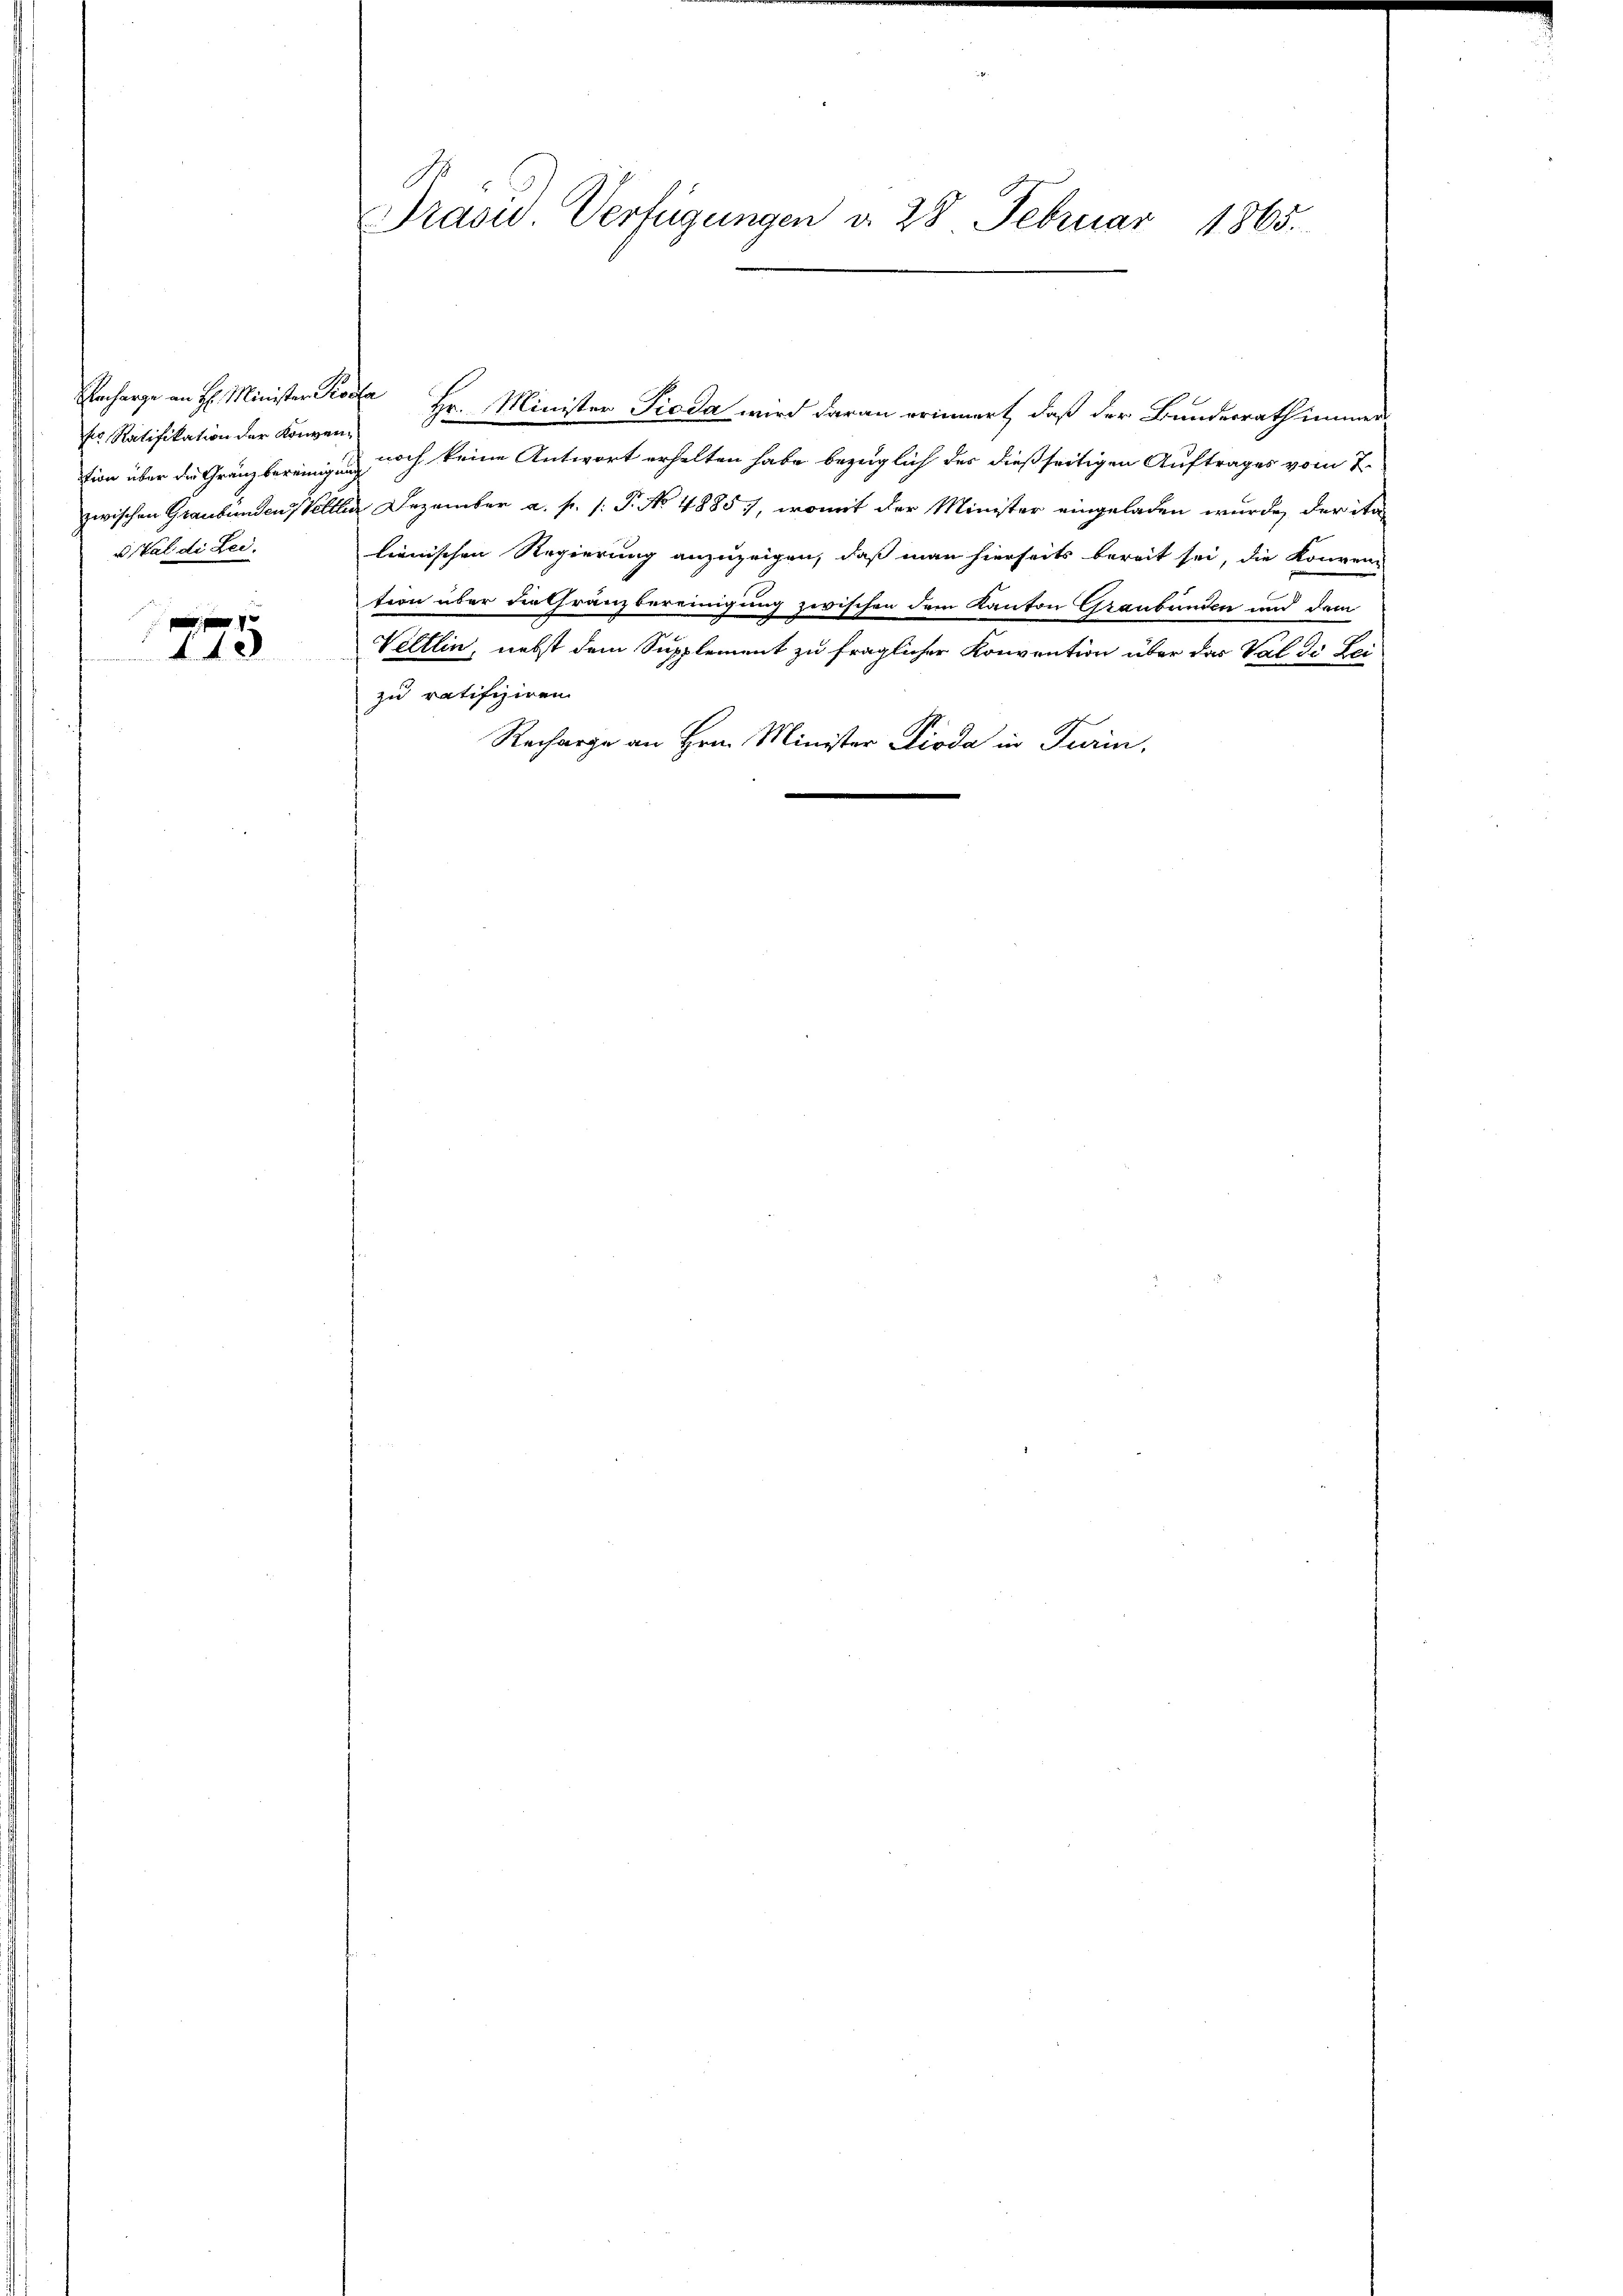
sr Ratifikation der Konvention über die Gränz bereinigung
u. Val di Lei¬

775

Präsid. Verfügungen d. 28. Februar 1865.

Nacharge an H: Minister Procka Hr. Minister Pioda wird daran erinnert, daß der Bundesrath immernoch keine Antwort erhalten habe bezüglich der dießseitigen Auftrages vom 7.
zwischen Graubünden Veltlin Dezember a. p. /: P. No 4885), womit der Minister eingeladen wurde, der ita
lienischen Regierung anzuzeigen, daß man hierseits bereit sei, die Konven-
tion über die Gränzbereinigung zwischen dem Kanton Graubünden und dem
Veltlin, nebst dem Supplement zu fraglicher Konvention über das Val di Lei
zu ratifiziren.
Recharge an Hrn. Minister Pioda in Turin,